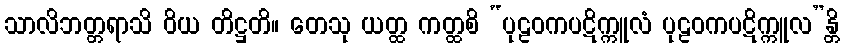
သာလိဘတ္တရာသိ ဝိယ တိဋ္ဌတိ။ တေသု ယတ္ထ ကတ္ထစိ “ပုဠဝကပဋိက္ကူလံ ပုဠဝကပဋိက္ကူလ”န္တိ